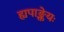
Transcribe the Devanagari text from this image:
ह्यपाङ्क्तेयः